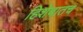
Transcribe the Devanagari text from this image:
हिशेबातच